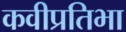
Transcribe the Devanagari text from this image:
कवीप्रतिभा